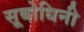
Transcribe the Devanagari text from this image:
सूबोधिनी